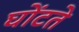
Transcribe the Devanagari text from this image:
घोंटते